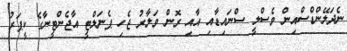
ނެދަލޭންޑްސްއިން ވެސްލީ ސްނައިޑާއި އާއި ރޮން ވަލާރު ޖެހި ޕެނަލްޓީ އާޖެންޓީނާގެ ކީޕަރު